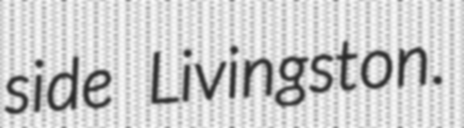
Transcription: side Livingston.